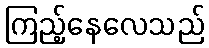
ကြည့်နေလေသည်